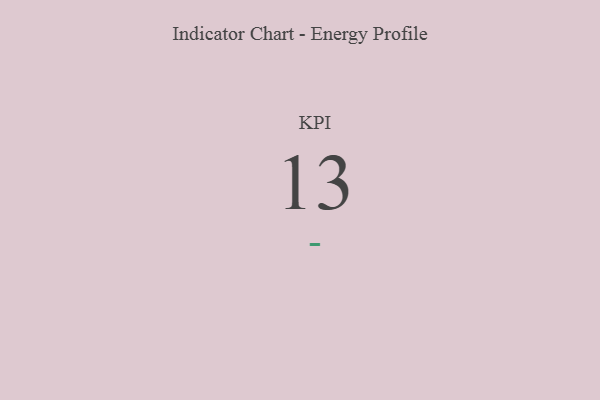
{"axis": {"x": "KPI", "y": "Value"}, "legend": [""], "data": [{"x": "KPI", "y": 13, "type": ""}]}